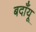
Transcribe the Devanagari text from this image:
बदाँयू